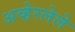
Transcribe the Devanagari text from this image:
अव्हेरलेले